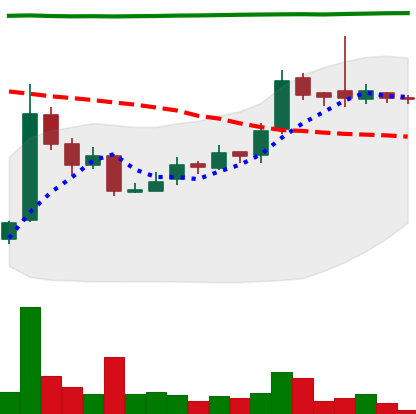
Ticker: LTC-USD
Chart end date: 2016-09-10
Forward return: -3.957%
Label: down_3_5